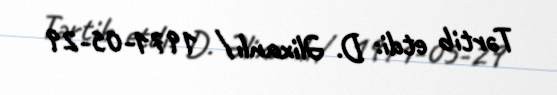
Tərtib etdi: D. Əlixanlı / 1971-05-29